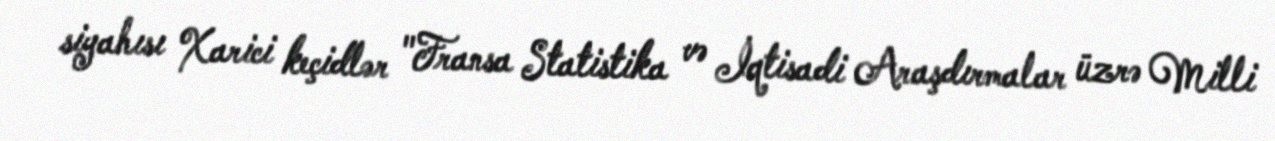
siyahısı Xarici keçidlər "Fransa Statistika və İqtisadi Araşdırmalar üzrə Milli